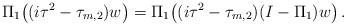
LaTeX: \begin{align*} \Pi_1\big((i\tau^2-\tau_{m,2})w\big)=\Pi_1\big((i\tau^2-\tau_{m,2})(I-\Pi_1)w\big)\,.\end{align*}